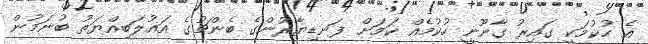
އެ ހުކުމަކީ ގައިރު ގާނޫނީ ހުކުމެއް ކަމަށް ފަނޑިޔާރުންގެ ބެންޗުގެ އަޣުލަބިއްޔަތު ބުނަމުން